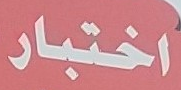
اختبار